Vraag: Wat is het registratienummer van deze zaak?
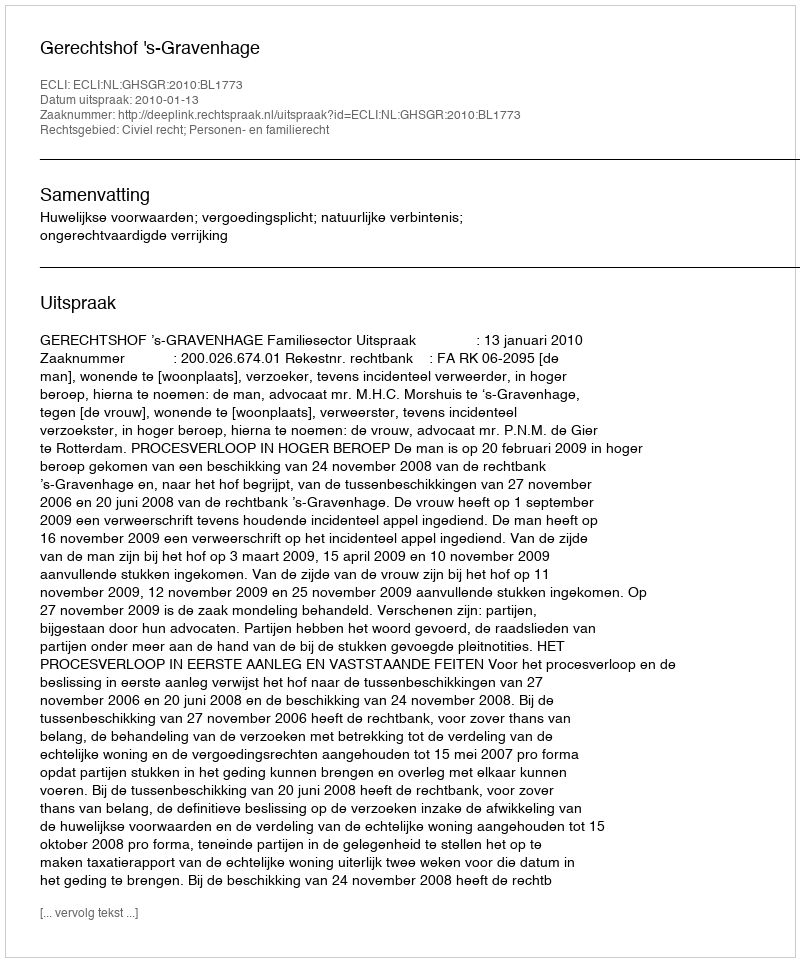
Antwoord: http://deeplink.rechtspraak.nl/uitspraak?id=ECLI:NL:GHSGR:2010:BL1773